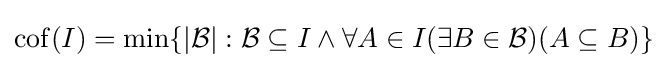
{\rm {cof}}(I)=\min\{|{\mathcal {B}}|:{\mathcal {B}}\subseteq I\wedge \forall A\in I(\exists B\in {\mathcal {B}})(A\subseteq B)\}